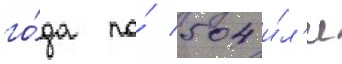
го́да по́ 504 и́л'и